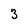
Character: 3